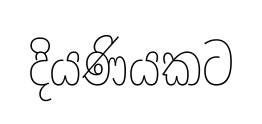
දියණියකට